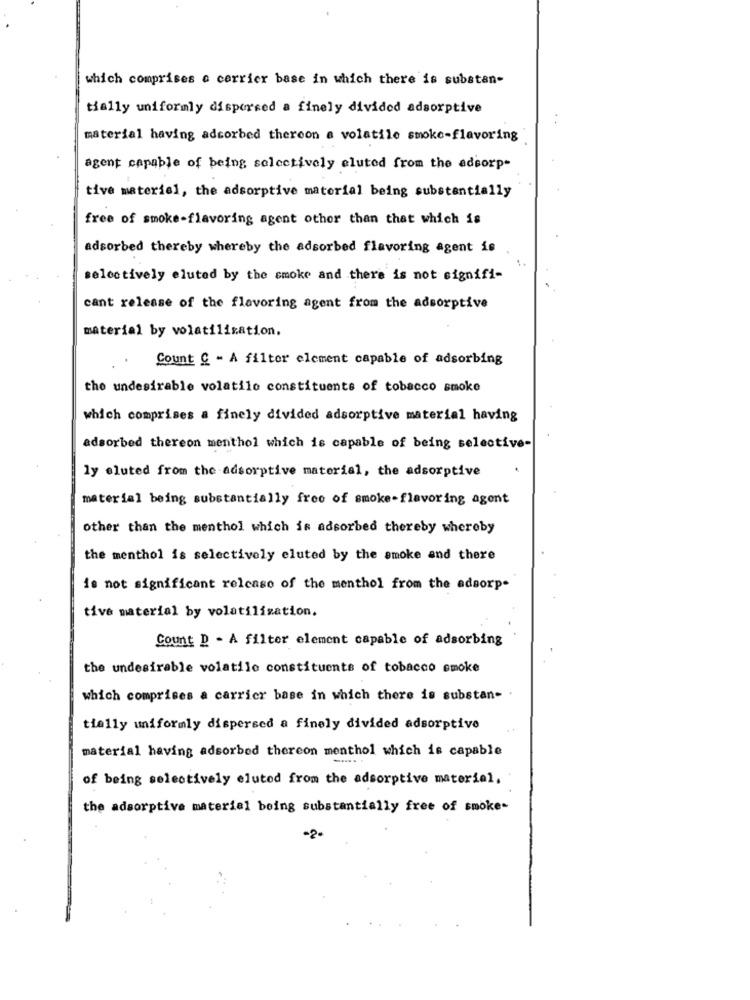
which comprises e cerrier base in which there is substan-
tially uniformly dispersed a finely divided adsorptive
material having adsorbed thereon a volatile smoke-flavoring
agent capable of being selectively eluted from the adsorp-
tive material, the adsorptive material being substantially
free of smoke-flavoring agent other than that which is
adsorbed thereby whereby the adsorbed flavoring agent is
selectively eluted by the smoke and there is not signifi-
cant release of the flavoring agent from the adsorptive
material by volatilization.
Count & - A filter element capable of adsorbing
the undesirable volatile constituents of tobacco smoke
which comprises a finely divided adsorptive material having
adsorbed thereon menthol which is capable of being selective-
ly eluted from the adsorptive material, the adsorptive
material being substantially free of smoke-flavoring agent
other than the menthol which is adsorbed thereby whereby
the menthol is selectively eluted by the smoke and there
is not significant release of the menthol from the adsorp-
tive material by volatilization.
Count D - A filter element capable of adsorbing
the undesirable volatile constituents of tobacco smoke
which comprises a carrier base in which there is substan- .
tially uniformly dispersed a finely divided adsorptive
material having adsorbed thereon menthol which is capable
of being selectively eluted from the adsorptive material.
the adsorptive material being substantially free of smoke-
-2.